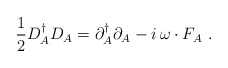
\begin{align*}\frac12D_A^\dagger D_A = \partial_A^\dagger \partial_A -i\,\omega\cdot F_A\ .\end{align*}